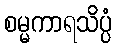
စမ္မကာရသိပ္ပံ